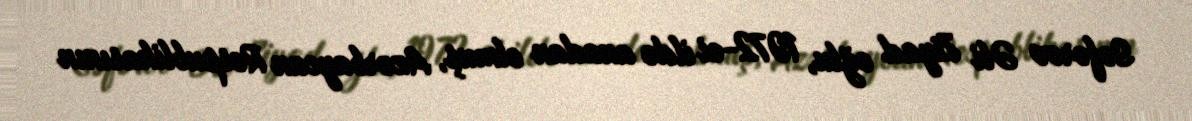
Səfərov Əli Ziyad oğlu, 1972-ci ildə anadan olmuş, Azərbaycan Respublikasının